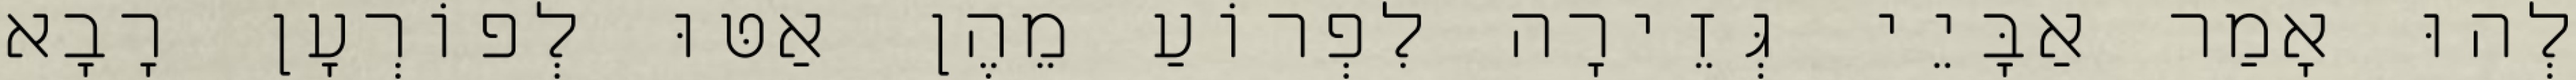
לְהוּ אָמַר אַבָּיֵי גְּזֵירָה לִפְרוֹעַ מֵהֶן אַטּוּ לְפוֹרְעָן רָבָא